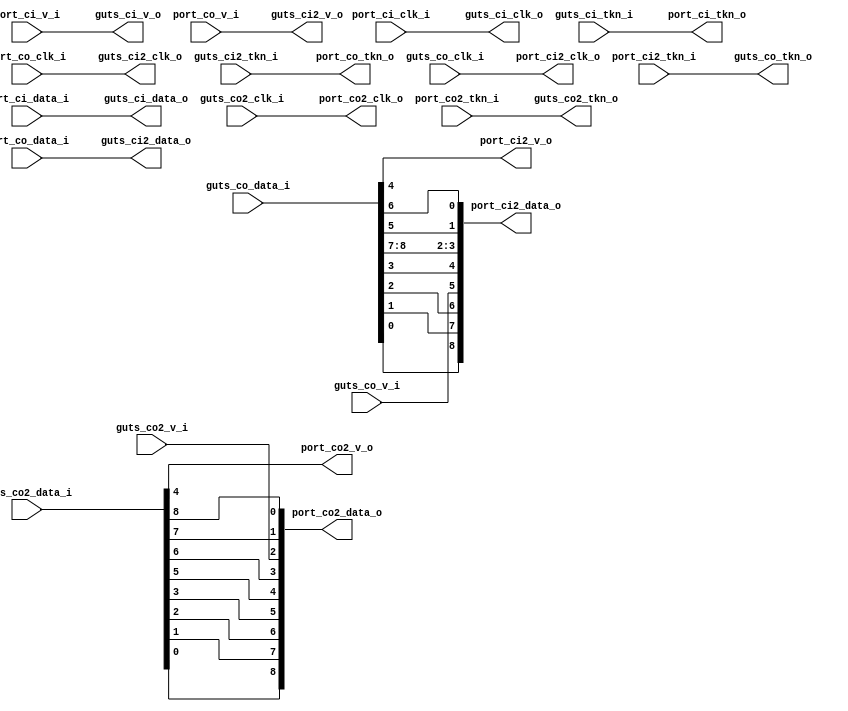
module bsg_chip_swizzle_adapter
(
  guts_ci_clk_o,
  guts_ci_v_o,
  guts_ci_data_o,
  guts_ci_tkn_i,
  guts_ci2_clk_o,
  guts_ci2_v_o,
  guts_ci2_data_o,
  guts_ci2_tkn_i,
  guts_co_clk_i,
  guts_co_v_i,
  guts_co_data_i,
  guts_co_tkn_o,
  guts_co2_clk_i,
  guts_co2_v_i,
  guts_co2_data_i,
  guts_co2_tkn_o,
  port_ci_clk_i,
  port_ci_v_i,
  port_ci_data_i,
  port_ci_tkn_o,
  port_co_clk_i,
  port_co_v_i,
  port_co_data_i,
  port_co_tkn_o,
  port_ci2_clk_o,
  port_ci2_v_o,
  port_ci2_data_o,
  port_ci2_tkn_i,
  port_co2_clk_o,
  port_co2_v_o,
  port_co2_data_o,
  port_co2_tkn_i
);

  output [8:0] guts_ci_data_o;
  output [8:0] guts_ci2_data_o;
  input [8:0] guts_co_data_i;
  input [8:0] guts_co2_data_i;
  input [8:0] port_ci_data_i;
  input [8:0] port_co_data_i;
  output [8:0] port_ci2_data_o;
  output [8:0] port_co2_data_o;
  input guts_ci_tkn_i;
  input guts_ci2_tkn_i;
  input guts_co_clk_i;
  input guts_co_v_i;
  input guts_co2_clk_i;
  input guts_co2_v_i;
  input port_ci_clk_i;
  input port_ci_v_i;
  input port_co_clk_i;
  input port_co_v_i;
  input port_ci2_tkn_i;
  input port_co2_tkn_i;
  output guts_ci_clk_o;
  output guts_ci_v_o;
  output guts_ci2_clk_o;
  output guts_ci2_v_o;
  output guts_co_tkn_o;
  output guts_co2_tkn_o;
  output port_ci_tkn_o;
  output port_co_tkn_o;
  output port_ci2_clk_o;
  output port_ci2_v_o;
  output port_co2_clk_o;
  output port_co2_v_o;
  wire [8:0] guts_ci_data_o,guts_ci2_data_o,port_ci2_data_o,port_co2_data_o;
  wire guts_ci_clk_o,guts_ci_v_o,guts_ci2_clk_o,guts_ci2_v_o,guts_co_tkn_o,
  guts_co2_tkn_o,port_ci_tkn_o,port_co_tkn_o,port_ci2_clk_o,port_ci2_v_o,port_co2_clk_o,
  port_co2_v_o,guts_co_data_i_4_,guts_co2_data_i_4_;
  assign guts_ci_clk_o = port_ci_clk_i;
  assign guts_ci_v_o = port_ci_v_i;
  assign guts_ci_data_o[8] = port_ci_data_i[8];
  assign guts_ci_data_o[7] = port_ci_data_i[7];
  assign guts_ci_data_o[6] = port_ci_data_i[6];
  assign guts_ci_data_o[5] = port_ci_data_i[5];
  assign guts_ci_data_o[4] = port_ci_data_i[4];
  assign guts_ci_data_o[3] = port_ci_data_i[3];
  assign guts_ci_data_o[2] = port_ci_data_i[2];
  assign guts_ci_data_o[1] = port_ci_data_i[1];
  assign guts_ci_data_o[0] = port_ci_data_i[0];
  assign guts_ci2_clk_o = port_co_clk_i;
  assign guts_ci2_v_o = port_co_v_i;
  assign guts_ci2_data_o[8] = port_co_data_i[8];
  assign guts_ci2_data_o[7] = port_co_data_i[7];
  assign guts_ci2_data_o[6] = port_co_data_i[6];
  assign guts_ci2_data_o[5] = port_co_data_i[5];
  assign guts_ci2_data_o[4] = port_co_data_i[4];
  assign guts_ci2_data_o[3] = port_co_data_i[3];
  assign guts_ci2_data_o[2] = port_co_data_i[2];
  assign guts_ci2_data_o[1] = port_co_data_i[1];
  assign guts_ci2_data_o[0] = port_co_data_i[0];
  assign guts_co_data_i_4_ = guts_co_data_i[4];
  assign port_ci2_v_o = guts_co_data_i_4_;
  assign guts_co_tkn_o = port_ci2_tkn_i;
  assign guts_co2_data_i_4_ = guts_co2_data_i[4];
  assign port_co2_v_o = guts_co2_data_i_4_;
  assign guts_co2_tkn_o = port_co2_tkn_i;
  assign port_ci_tkn_o = guts_ci_tkn_i;
  assign port_co_tkn_o = guts_ci2_tkn_i;
  assign port_ci2_clk_o = guts_co_clk_i;
  assign port_ci2_data_o[8] = guts_co_data_i[0];
  assign port_ci2_data_o[7] = guts_co_data_i[1];
  assign port_ci2_data_o[6] = guts_co_data_i[2];
  assign port_ci2_data_o[5] = guts_co_v_i;
  assign port_ci2_data_o[4] = guts_co_data_i[3];
  assign port_ci2_data_o[3] = guts_co_data_i[8];
  assign port_ci2_data_o[2] = guts_co_data_i[7];
  assign port_ci2_data_o[1] = guts_co_data_i[5];
  assign port_ci2_data_o[0] = guts_co_data_i[6];
  assign port_co2_clk_o = guts_co2_clk_i;
  assign port_co2_data_o[8] = guts_co2_data_i[0];
  assign port_co2_data_o[7] = guts_co2_data_i[1];
  assign port_co2_data_o[6] = guts_co2_data_i[2];
  assign port_co2_data_o[5] = guts_co2_data_i[3];
  assign port_co2_data_o[4] = guts_co2_data_i[5];
  assign port_co2_data_o[3] = guts_co2_data_i[6];
  assign port_co2_data_o[2] = guts_co2_v_i;
  assign port_co2_data_o[1] = guts_co2_data_i[7];
  assign port_co2_data_o[0] = guts_co2_data_i[8];

endmodule